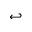
\hookleftarrow